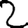
Digit: 2